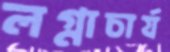
লগ্নাচার্য